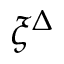
\xi ^ { \Delta }